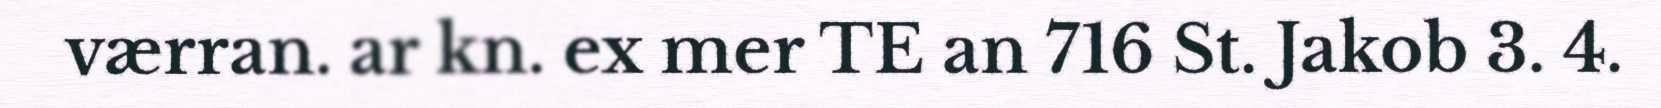
værran. ar kn. ex mer TE an 716 St. Jakob 3. 4.